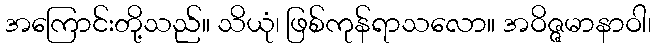
အကြောင်းတို့သည်။ သိယုံ၊ ဖြစ်ကုန်ရာသလော။ အဝိဇ္ဇမာနာဝါ၊